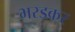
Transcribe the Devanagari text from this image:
भरडकर